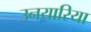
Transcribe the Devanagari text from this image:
उनयारिया